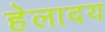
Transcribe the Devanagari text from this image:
हेलादय